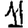
Digit: 1